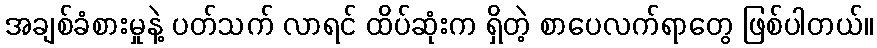
အချစ်ခံစားမှုနဲ့ ပတ်သက် လာရင် ထိပ်ဆုံးက ရှိတဲ့ စာပေလက်ရာတွေ ဖြစ်ပါတယ်။